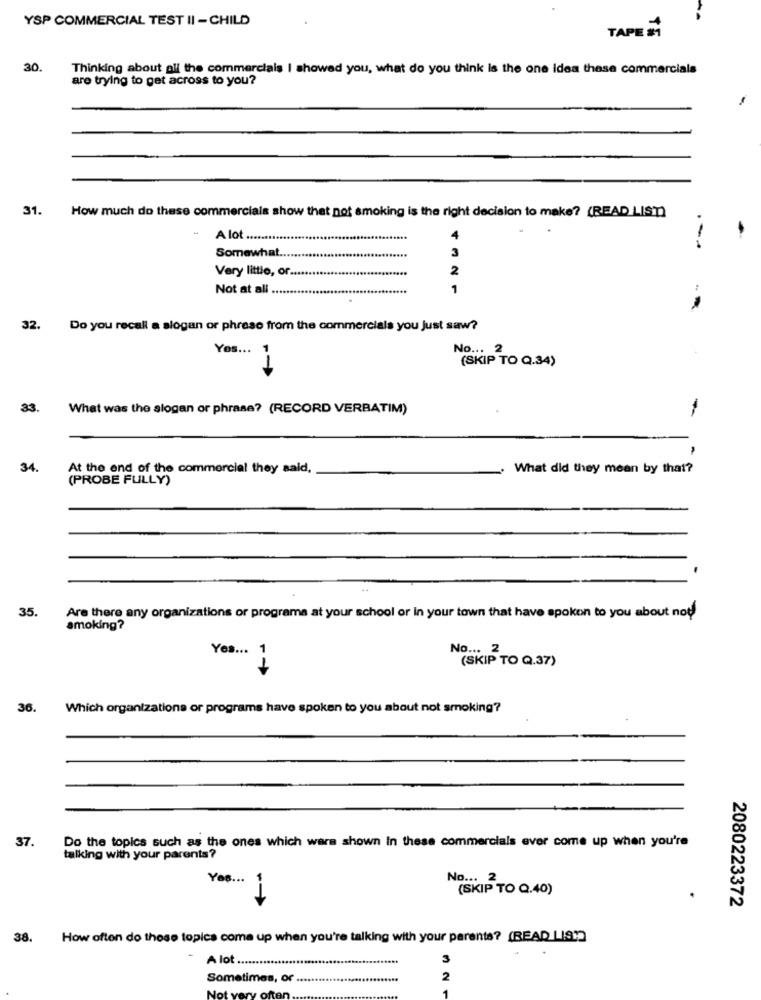
YSP COMMERCIAL TEST II - CHILD
TAPE 21
30
Thinking about all the commercials I showed you, what do you think is the one idea these commercials
are trying to get across to you?
31.
How much do these commercials show that not smoking is the right decision to make? (READ LIST)
A lot ....
Somewhat.
3
---
Very little, or.
Not at all ..
21
32.
Do you recall a slogan or phrase from the commercials you just saw?
Yos ...
No ... 2
(SKIP TO Q.34)
33.
What was the slogan or phrase? (RECORD VERBATIM)
34
At the end of the commercial they said,
What did they mean by that?
(PROBE FULLY)
35.
Are there any organizations or programs at your school or In your town that have spoken to you about not
smoking?
Yes ... 1
No ...
(SKIP TO Q.37)
36.
Which organizations or programs have spoken to you about not smoking?
37.
Do the topics such as the ones which wars shown In these commercials ever come up when you're
talking with your parents?
Yos ...
No ... 2
(SKIP TO Q.40)
2080223372
38. How often do these topics come up when you're talking with your parents? (READ LIST]
A lot ............
3
Sometimes, or
2